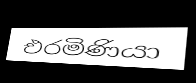
එරමිණියා